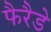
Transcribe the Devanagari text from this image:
फैरैडे